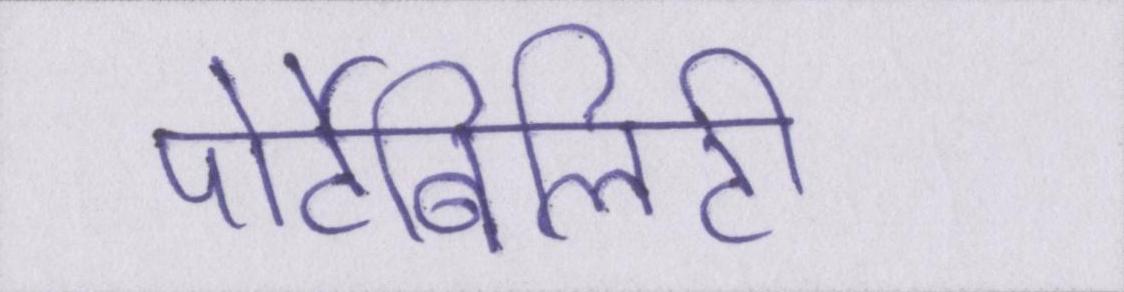
पोर्टेबिलिटी